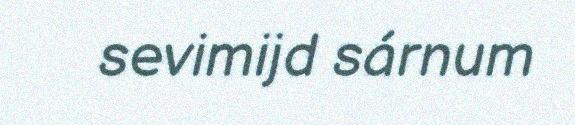
sevimijd sárnum